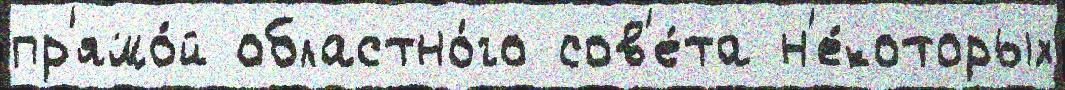
пр'ямо́й областно́го сов'е́та н'е́которых